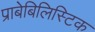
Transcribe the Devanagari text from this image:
प्राबेबिलिस्टिक